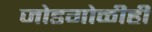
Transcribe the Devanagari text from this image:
जोडगोळीही